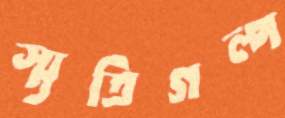
স্মৃতিগল্প